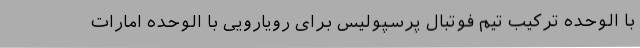
با الوحده ترکیب تیم فوتبال پرسپولیس برای رویارویی با الوحده امارات